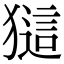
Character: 𤡖